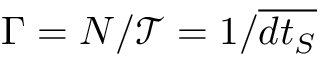
\Gamma = N / \mathcal { T } = 1 / \overline { { d t _ { S } } }